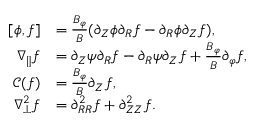
\begin{array} { r l } { [ \phi , f ] } & { = \frac { B _ { \varphi } } { B } ( \partial _ { Z } \phi \partial _ { R } f - \partial _ { R } \phi \partial _ { Z } f ) , } \\ { \nabla _ { \parallel } f } & { = \partial _ { Z } \psi \partial _ { R } f - \partial _ { R } \psi \partial _ { Z } f + \frac { B _ { \varphi } } { B } \partial _ { \varphi } f , } \\ { \mathcal { C } ( f ) } & { = \frac { B _ { \varphi } } { B } \partial _ { Z } f , } \\ { \nabla _ { \perp } ^ { 2 } f } & { = \partial _ { R R } ^ { 2 } f + \partial _ { Z Z } ^ { 2 } f . } \end{array}